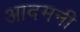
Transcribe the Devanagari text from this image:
आदमनी